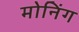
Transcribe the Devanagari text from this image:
मोनिंग